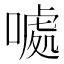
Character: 𠽁